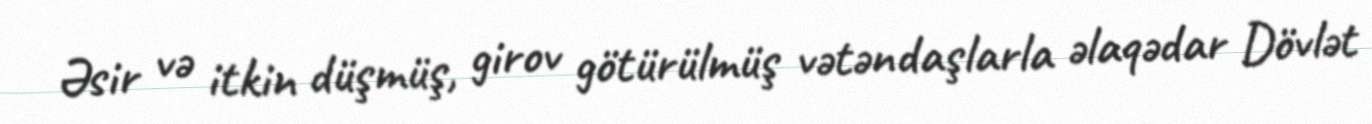
Əsir və itkin düşmüş, girov götürülmüş vətəndaşlarla əlaqədar Dövlət